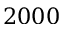
2 0 0 0